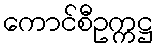
ကောင်စီဥက္ကဋ္ဌ